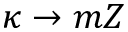
\kappa \to m Z